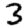
Digit: 3